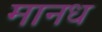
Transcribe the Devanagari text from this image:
मानध